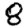
Digit: 8